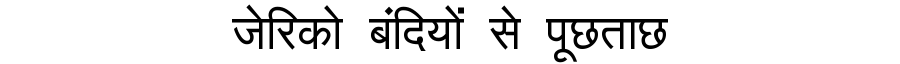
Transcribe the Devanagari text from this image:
जेरिको बंदियों से पूछताछ